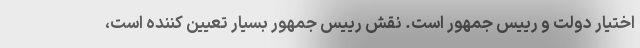
اختیار دولت و رییس جمهور است. نقش رییس جمهور بسیار تعیین کننده است،